Lunatic asylums Central Provinces reports 1895-1909 - 1895-1909
Year: 1895
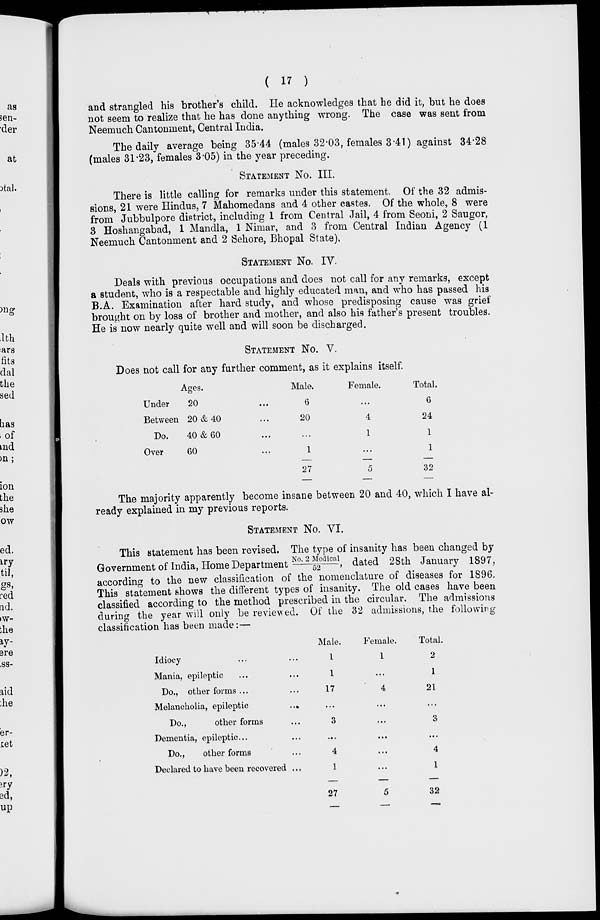
( 17 )
and strangled his brother's child. He acknowledges that he did it, but he does
not seem to realize that he has done anything wrong. The case was sent from
Neemuch Cantonment, Central India.
The daily average being 35.44 (males 32.03, females 3.41) against 34.28
(males 31.23, females 3.05) in the year preceding.
STATEMENT No. III.
There is little calling for remarks under this statement. Of the 32 admis-
sions, 21 were Hindus, 7 Mahomedans and 4 other castes. Of the whole, 8 were
from Jubbulpore district, including 1 from Central Jail, 4 from Seoni, 2 Saugor,
3 Hoshangabad, 1 Mandla, 1 Nimar, and 3 from Central Indian Agency (1
Neemuch Cantonment and 2 Sehore, Bhopal State),
STATEMENT No. IV.
Deals with previous occupations and does not call for any remarks, except
a student, who is a respectable and highly educated man, and who has passed his
B.A. Examination after hard study, and whose predisposing cause was grief
brought on by loss of brother and mother, and also his father's present troubles.
He is now nearly quite well and will soon be discharged.
STATEMENT No. V.
Does not call for any further comment, as it explains itself.
Ages.
Under
20 ...
Between 20 & 40 ...
Do.
40 & 60 ...
Over
60 ...
Male.
6
20
...
1
27
Female.
...
4
1
...
5
Total.
6
24
1
1
32
The majority apparently become insane between 20 and 40, which I have al-
ready explained in my previous reports.
STATEMENT No. VI.
This statement has been revised. The type of insanity has been changed by
Government of India, Home Department No 2 Medi cal / 52 , dated 28th January 1897,
according to the new classification of the nomenclature of diseases for 1896.
This statement shows the different types of insanity. The old cases have been
classified according to the method prescribed in the circular. The admissions
during the year will only be reviewed. Of the 32 admissions, the following
classification has been made:—
Idiocy ... ... ...
Mania, epileptic ... ...
Do., other forms ... ...
Melancholia, epileptic
...
Do.,
other forms ...
Dementia, epileptic... ...
Do.,
other forms ...
Declared to have been recovered ...
Male.
1
1
17
...
3
...
4
1
27
Female.
1
...
4
...
...
...
...
...
5
Total.
2
1
21
...
3
...
4
1
32